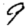
Digit: 9